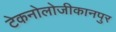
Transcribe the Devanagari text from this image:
टेकनोलोजीकानपुर